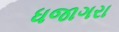
ધજાગરા